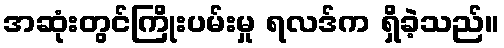
အဆုံးတွင်ကြိုးပမ်းမှု ရလဒ်က ရှိခဲ့သည်။